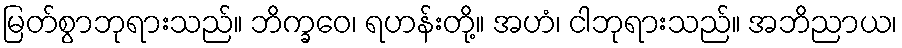
မြတ်စွာဘုရားသည်။ ဘိက္ခဝေ၊ ရဟန်းတို့။ အဟံ၊ ငါဘုရားသည်။ အဘိညာယ၊